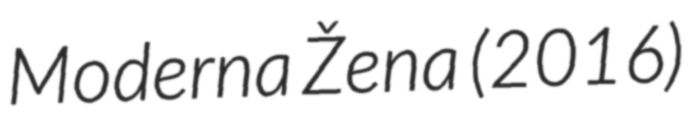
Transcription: Moderna Žena (2016)